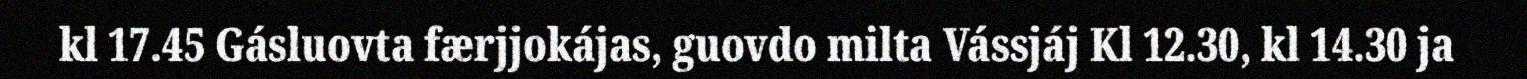
kl 17.45 Gásluovta færjjokájas, guovdo milta Vássjáj Kl 12.30, kl 14.30 ja